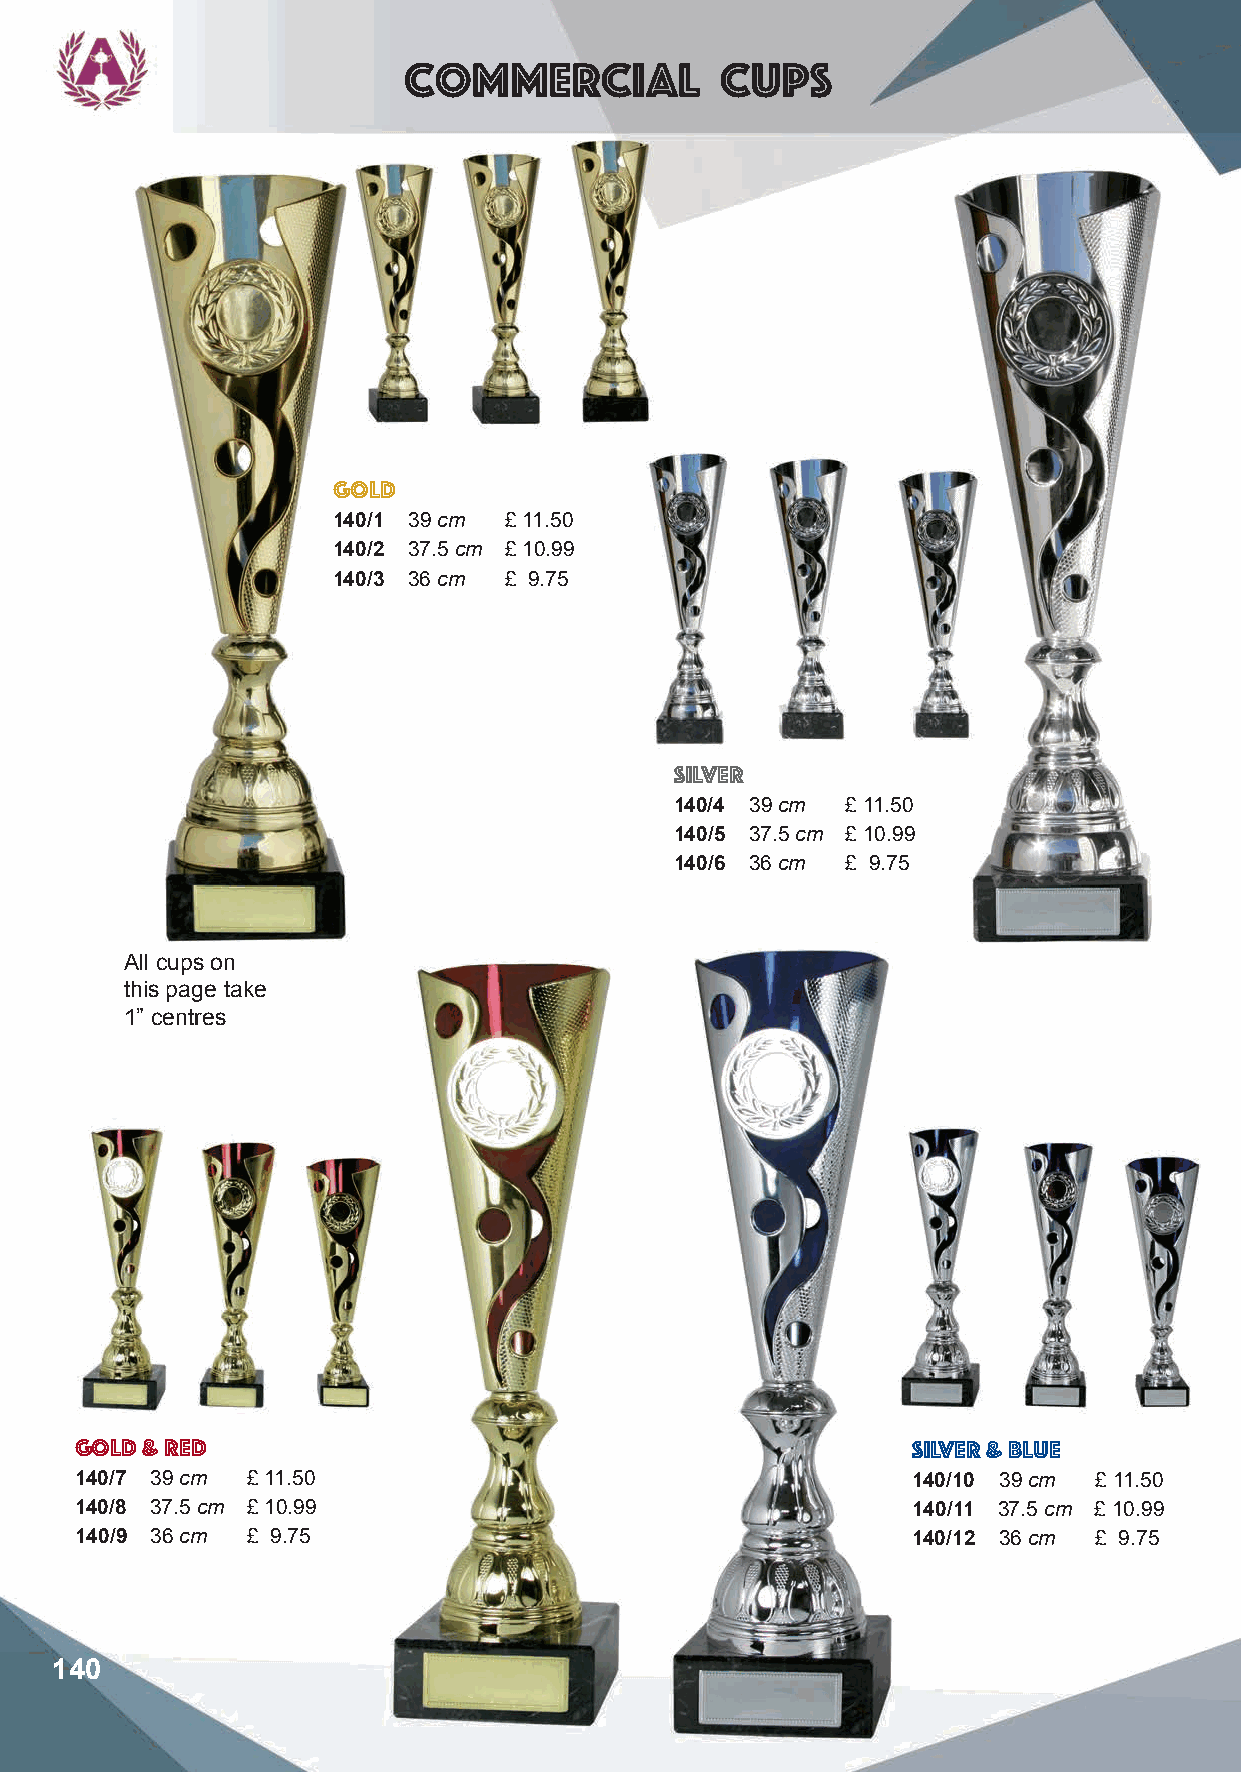
Commercial           Cups
 gold
 140/1 39 cm £ 11.50
 140/2 37.5 cm £ 10.99
 140/3 36 cm £ 9.75
 silver
 140/4 39 cm £ 11.50
 140/5 37.5 cm £ 10.99
 140/6 36 cm £ 9.75
 All cups on
 this page take
 1” centres
 gold & red                                             Silver & Blue
 140/7 39 cm £ 11.50                                    140/10 39 cm £ 11.50
 140/8 37.5 cm £ 10.99                                  140/11 37.5 cm £ 10.99
 140/9 36 cm £ 9.75                                     140/12 36 cm £ 9.75
 140